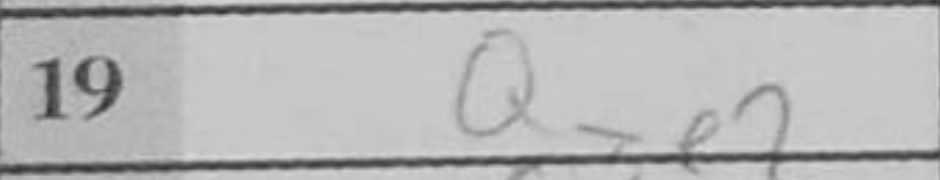
Transcription: Qxe2